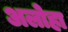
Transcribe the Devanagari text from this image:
अलोहा